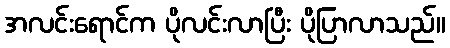
အလင်းရောင်က ပိုလင်းလာပြီး ပိုပြာလာသည်။